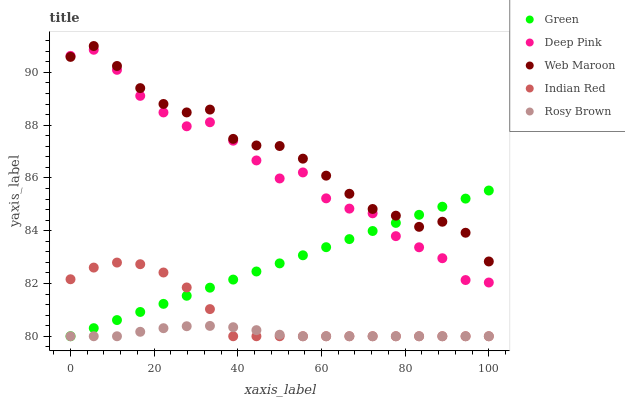
| xaxis_label | Green | Deep Pink | Web Maroon | Indian Red | Rosy Brown |
 | --- | --- | --- | --- | --- | --- |
 | 0 | 80 | 90.6 | 90.6 | 82.2 | 80 |
 | 5.56 | 80.3 | 90.9 | 91 | 82.6 | 80 |
 | 11.1 | 80.6 | 90.1 | 90.2 | 82.8 | 80 |
 | 16.7 | 80.9 | 89.1 | 89.4 | 82.7 | 80.2 |
 | 22.2 | 81.2 | 88.5 | 88.8 | 82.4 | 80.3 |
 | 27.8 | 81.5 | 88 | 88.5 | 81.8 | 80.4 |
 | 33.3 | 81.8 | 88.1 | 88.6 | 81 | 80.4 |
 | 38.9 | 82.1 | 87.4 | 87.5 | 80 | 80.3 |
 | 44.4 | 82.5 | 86.7 | 87.2 | 80 | 80.2 |
 | 50 | 82.8 | 86 | 87.2 | 80 | 80.1 |
 | 55.6 | 83.1 | 86.2 | 86.7 | 80 | 80 |
 | 61.1 | 83.4 | 85.2 | 86.1 | 80 | 80 |
 | 66.7 | 83.7 | 84.8 | 85.4 | 80 | 80 |
 | 72.2 | 84 | 84.7 | 84.8 | 80 | 80 |
 | 77.8 | 84.3 | 83.8 | 84.6 | 80 | 80 |
 | 83.3 | 84.6 | 83.4 | 84.1 | 80 | 80 |
 | 88.9 | 84.9 | 83 | 84.3 | 80 | 80 |
 | 94.4 | 85.2 | 82.1 | 83.9 | 80 | 80 |
 | 100 | 85.5 | 82 | 82.8 | 80 | 80 |